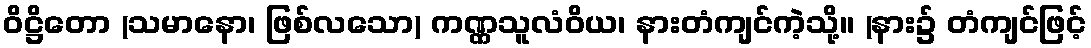
ဝိဋ္ဌိတော (သမာနော၊ ဖြစ်လသော) ကဏ္ဏသူလံဝိယ၊ နားတံကျင်ကဲ့သို့။ (နား၌ တံကျင်ဖြင့်